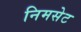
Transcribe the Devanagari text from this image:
निमसेट